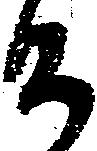
候